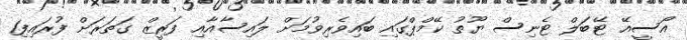
އޯސީއޭ ޓޭބަލް ޓެނިސް ޔޫތު ކޭމްޕްގައި ބައިވެރިވުމަށް ލައިސާއާއި ފަރީޒް ގަތަރަށް ފުރައިފި1